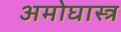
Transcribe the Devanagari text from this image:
अमोघास्त्र